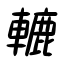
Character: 轆